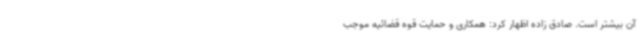
آن بیشتر است. صادق زاده اظهار کرد: همکاری و حمایت قوه قضائیه موجب